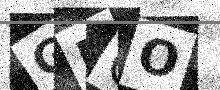
Text: GUCO